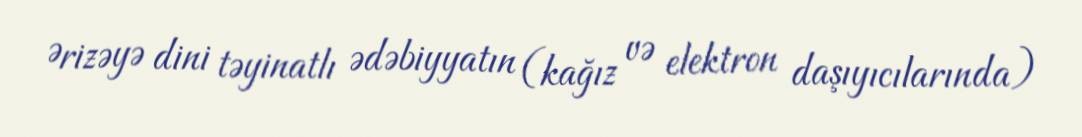
Ərizəyə dini təyinatlı ədəbiyyatın (kağız və elektron daşıyıcılarında)